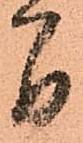
間